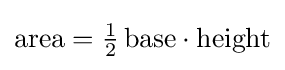
{\text{area}}={\tfrac {1}{2}}\,{\text{base}}\cdot {\text{height}}